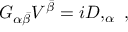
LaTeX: G _ { \alpha \bar { \beta } } V ^ { \bar { \beta } } = i D , _ { \alpha } \ ,